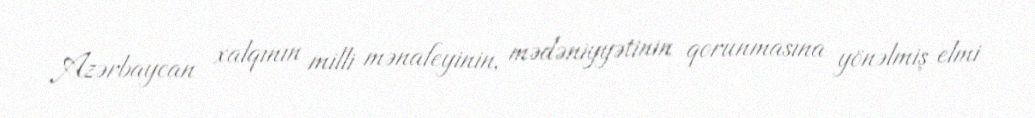
Azərbaycan xalqının milli mənafeyinin, mədəniyyətinin qorunmasına yönəlmiş elmi